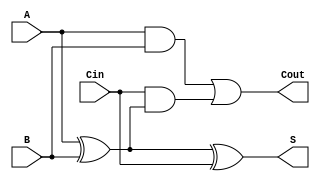
module FullAdder (
    input wire A,      // First input bit
    input wire B,      // Second input bit
    input wire Cin,    // Carry-in bit
    output reg S,      // Sum output
    output reg Cout    // Carry-out output
);

// Behavioral description of the Full Adder
always @(*) begin
    // Calculate the sum
    S = A ^ B ^ Cin; // S = A XOR B XOR Cin
    
    // Calculate the carry-out
    Cout = (A & B) | (Cin & (A ^ B)); // Cout = (A AND B) OR (Cin AND (A XOR B))
end

endmodule